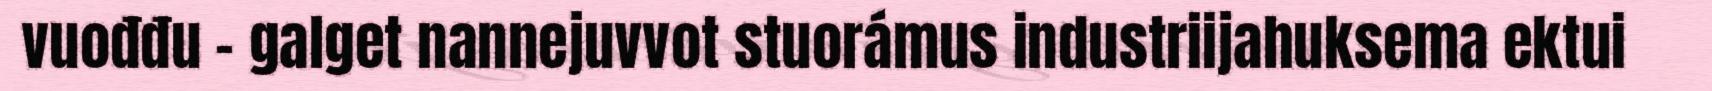
vuođđu - galget nannejuvvot stuorámus industriijahuksema ektui